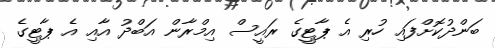
ބަންދުކޮށްފައި ހުރި އެ ޕާޓީގެ ރައީސް އިމްރާން އަބްދު އާއި އެ ޕާޓީގެ